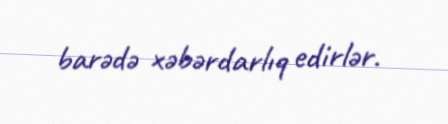
barədə xəbərdarlıq edirlər.